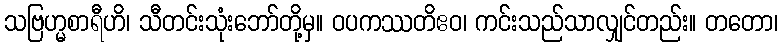
သဗြဟ္မစာရီဟိ၊ သီတင်းသုံးဘော်တို့မှ။ ဝပကဿတိဧဝ၊ ကင်းသည်သာလျှင်တည်း။ တတော၊